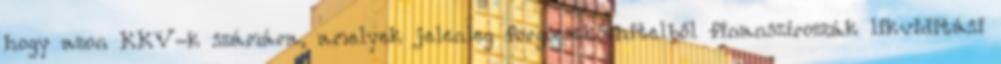
hogy azon KKV-k számára, amelyek jelenleg forgóeszközhitelből finanszírozzák likviditási